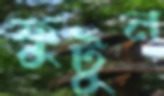
ফুটুন